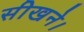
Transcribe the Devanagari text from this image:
सीखने।